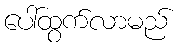
ပေါ်ထွက်လာမည်